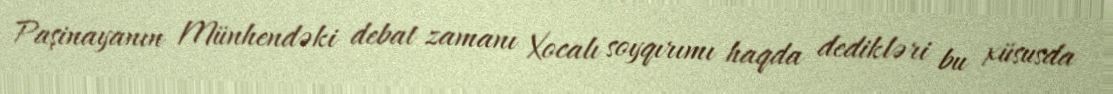
Paşinayanın Münhendəki debat zamanı Xocalı soyqırımı haqda dedikləri bu xüsusda